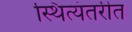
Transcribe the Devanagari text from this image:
स्थित्यंतरीत